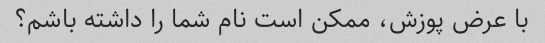
با عرض پوزش، ممکن است نام شما را داشته باشم؟